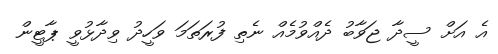
އެ އަށް ސީދާ ޖަވާބު ދެއްވުމެއް ނެތި ފުރަތަމަ ވަހީދު ވިދާޅުވީ ޕާޓީން